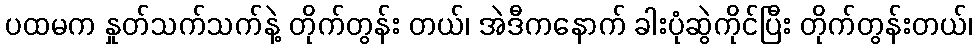
ပထမက နှုတ်သက်သက်နဲ့ တိုက်တွန်း တယ်၊ အဲဒီကနောက် ခါးပုံဆွဲကိုင်ပြီး တိုက်တွန်းတယ်၊